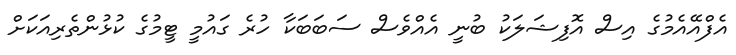
އެފްއޭއެމުގެ އިސް އޮފިޝަލަކު ބުނީ އެއްވެސް ސަބަބަކާ ހުރެ ގައުމީ ޓީމުގެ ކުޅުންތެރިއަކަށް